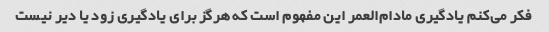
فکر می‌کنم یادگیری مادام‌العمر این مفهوم است که هرگز برای یادگیری زود یا دیر نیست